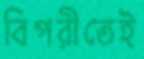
বিপরীতেই